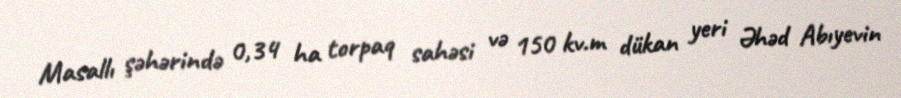
Masallı şəhərində 0,34 ha torpaq sahəsi və 150 kv.m dükan yeri Əhəd Abıyevin